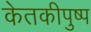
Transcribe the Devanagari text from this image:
केतकीपुष्प